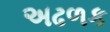
અઢળક